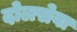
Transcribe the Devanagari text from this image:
दोलसेवा